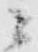
ニ